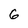
Character: 6